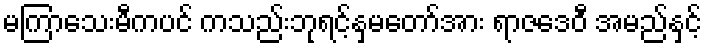
မကြာသေးမီကပင် ကသည်းဘုရင့်နှမတော်အား ရာဇဒေဝီ အမည်နှင့်